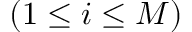
( 1 \leq i \leq M )